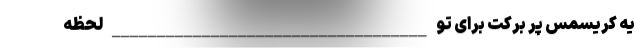
یه کریسمس پر برکت برای تو ___________________________________ لحظه